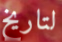
لتاريخ